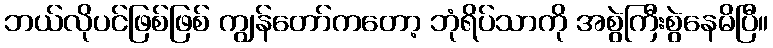
ဘယ်လိုပင်ဖြစ်ဖြစ် ကျွန်တော်ကတော့ ဘုံရိပ်သာကို အစွဲကြီးစွဲနေမိပြီ။